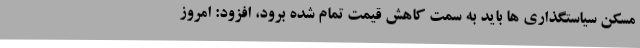
مسکن سیاستگذاری ها باید به سمت کاهش قیمت تمام شده برود، افزود: امروز